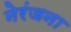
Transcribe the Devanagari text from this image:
नेरंजना